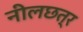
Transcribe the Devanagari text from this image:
नीलछत्र